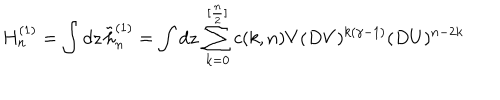
H _ { n } ^ { ( 1 ) } = \int d z \, \tilde { h } _ { n } ^ { ( 1 ) } = \int d z \, \sum _ { k = 0 } ^ { [ { \frac { n } { 2 } } ] } c ( k , n ) V ( D V ) ^ { k ( \gamma - 1 ) } ( D U ) ^ { n - 2 k }